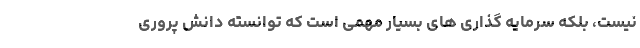
نیست، بلکه سرمایه گذاری های بسیار مهمّی است که توانسته دانش ­پروری